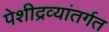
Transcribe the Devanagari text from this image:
पेशीद्रव्यांतर्गत